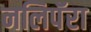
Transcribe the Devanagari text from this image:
नलिपॅरा